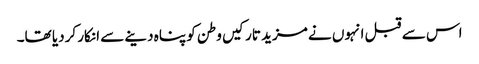
اس سے قبل انہوں نے مزید تارکیں وطن کو پناہ دینے سے انکار کردیا تھا۔